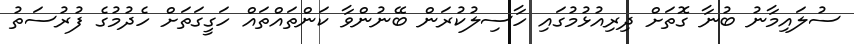
ސުލައިމާނު ބުނާ ގޮތަށް ދިރިއުޅުމުގައި ހާސިލުކުރަން ބޭނުންވާ ކަންތައްތައް ހަގީގަތަށް ހެދުމުގެ ފުރުސަތު